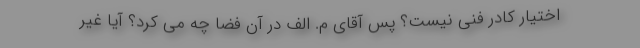
اختیار کادر فنی نیست؟ پس آقای م. الف در آن فضا چه می کرد؟ آیا غیر